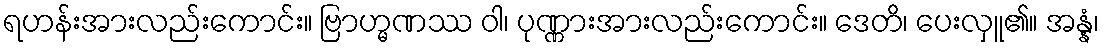
ရဟန်းအားလည်းကောင်း။ ဗြာဟ္မဏဿ ဝါ၊ ပုဏ္ဏားအားလည်းကောင်း။ ဒေတိ၊ ပေးလှူ၏။ အန္နံ၊